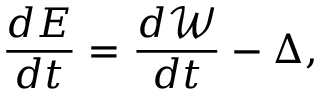
\frac { d E } { d t } = \frac { d \mathcal { W } } { d t } - \Delta ,